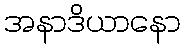
အနာဒိယာနော